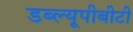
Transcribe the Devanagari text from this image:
डब्ल्यूपीबीटी